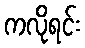
ကလိုရင်း